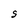
Character: S